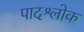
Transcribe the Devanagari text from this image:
पादश्लोक